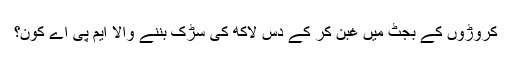
کروڑوں کے بجٹ میں غبن کر کے دس لاکھ کی سڑک بننے والا ایم پی اے کون؟